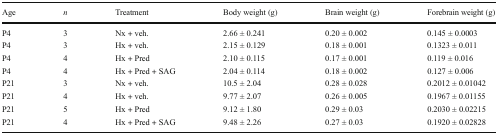
| Age | n | Treatment | Body weight (g) | Brain weight (g) | Forebrain weight (g) |
 | --- | --- | --- | --- | --- | --- |
 | P4 | 3 | Nx + veh. | 2.66 ± 0.241 | 0.20 ± 0.002 | 0.145 ± 0.0003 |
 | P4 | 3 | Hx + veh. | 2.15 ± 0.129 | 0.18 ± 0.001 | 0.1323 ± 0.011 |
 | P4 | 4 | Hx + Pred | 2.10 ± 0.115 | 0.17 ± 0.001 | 0.119 ± 0.016 |
 | P4 | 4 | Hx + Pred + SAG | 2.04 ± 0.114 | 0.18 ± 0.002 | 0.127 ± 0.006 |
 | P21 | 3 | Nx + veh. | 10.5 ± 2.04 | 0.28 ± 0.028 | 0.2012 ± 0.01042 |
 | P21 | 4 | Hx + veh. | 9.77 ± 2.07 | 0.26 ± 0.005 | 0.1967 ± 0.01155 |
 | P21 | 5 | Hx + Pred | 9.12 ± 1.80 | 0.29 ± 0.03 | 0.2030 ± 0.02215 |
 | P21 | 4 | Hx + Pred + SAG | 9.48 ± 2.26 | 0.27 ± 0.03 | 0.1920 ± 0.02828 |